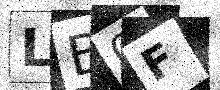
Text: LB0F